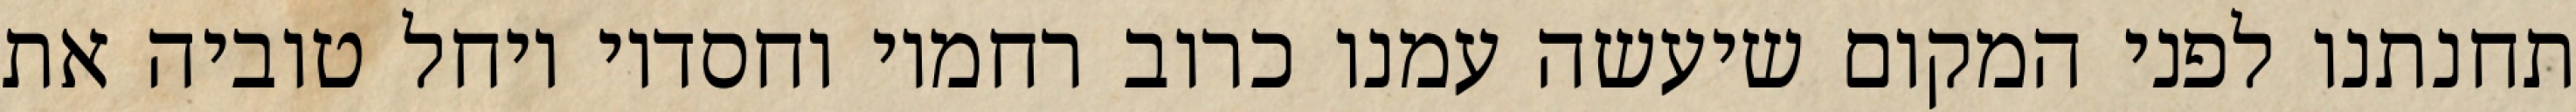
תחנתנו לפני המקום שיעשה עמנו כרוב רחמיו וחסדיו ויחל טוביה את